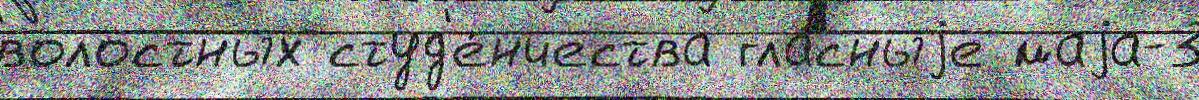
волостных студ'е́нчества гла́сныjе маjа-3